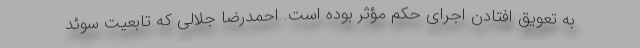
به تعویق افتادن اجرای حکم مؤثر بوده است. احمدرضا جلالی که تابعیت سوئد